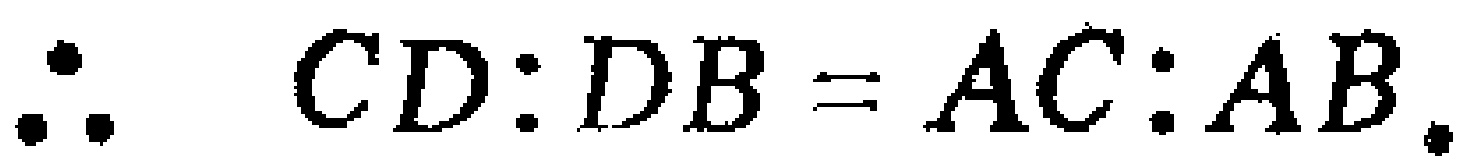
\(\therefore CD:DB = AC:AB.\)